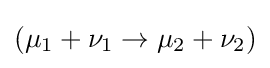
{\textstyle (\mu _{1}+\nu _{1}\rightarrow \mu _{2}+\nu _{2})}